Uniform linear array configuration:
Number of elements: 4
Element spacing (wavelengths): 1
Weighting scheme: kaiser
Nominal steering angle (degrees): -60
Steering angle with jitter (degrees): -59.233
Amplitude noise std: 0.05
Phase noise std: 0.05

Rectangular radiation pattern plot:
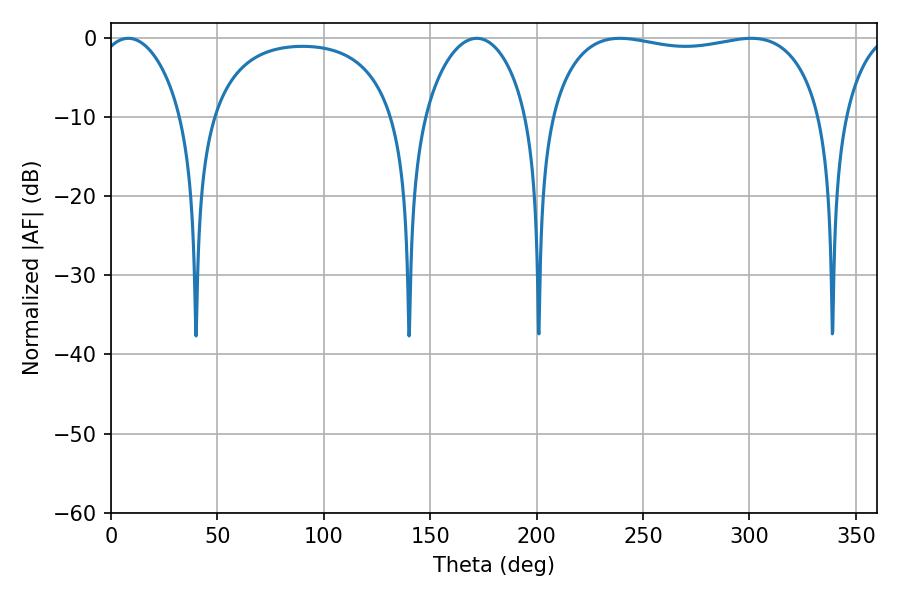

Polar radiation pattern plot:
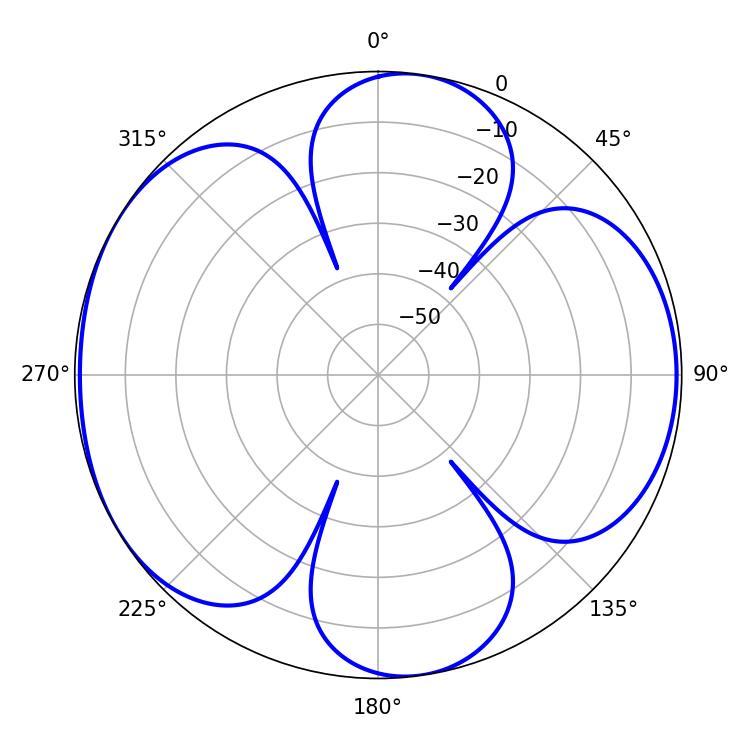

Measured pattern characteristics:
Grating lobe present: TRUE
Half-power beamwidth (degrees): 22.14
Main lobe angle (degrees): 8.1